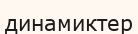
динамиктер